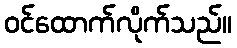
ဝင်ထောက်လိုက်သည်။